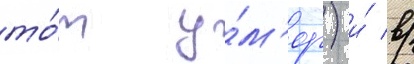
то́т у́м'ер) и́ в